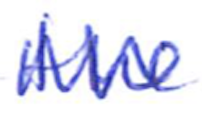
Text: the
Cross-out: zig-zag
Writing tool: ballpoint